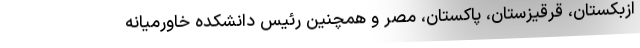
ازبکستان، قرقیزستان، پاکستان، مصر و همچنین رئیس دانشکده خاورمیانه